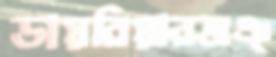
ডায়রিয়ারঅঞ্